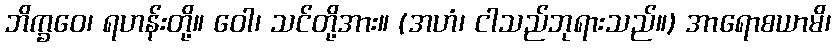
ဘိက္ခဝေ၊ ရဟန်းတို့။ ဝေါ၊ သင်တို့အား။ (အဟံ၊ ငါသည်ဘုရားသည်။) အာရောစယာမိ၊